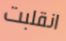
انقلبت